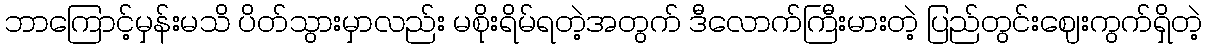
ဘာကြောင့်မှန်းမသိ ပိတ်သွားမှာလည်း မစိုးရိမ်ရတဲ့အတွက် ဒီလောက်ကြီးမားတဲ့ ပြည်တွင်းဈေးကွက်ရှိတဲ့